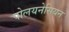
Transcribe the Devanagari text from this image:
पोलयनेसियन